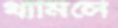
থামিলে